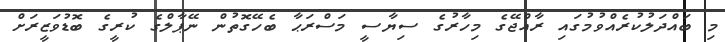
މި ބައްދަލުކުރެއްވުމުގައި ރާއްޖޭގެ މިހާރުގެ ސިޔާސީ މަސްރަޙާ ބެހޭގޮތުން ނޭޕާލްގެ ކުރީގެ ބޮޑުވަޒީރަށް